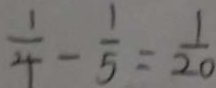
\frac { 1 } { 4 } - \frac { 1 } { 5 } = \frac { 1 } { 2 0 }